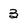
Character: 3